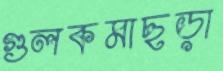
গুলকমাছড়া